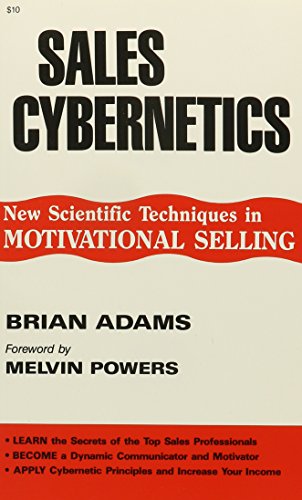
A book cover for Sales Cybernetics (Melvin Powers Self-Improvement Library); Brian Adams; Computers & Technology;